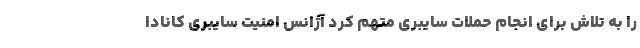
را به تلاش برای انجام حملات سایبری متهم کرد آژانس امنیت سایبری کانادا